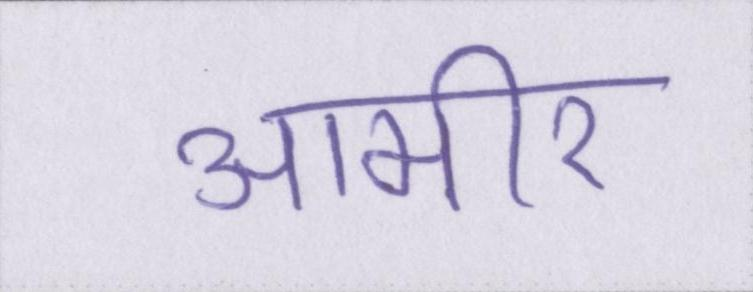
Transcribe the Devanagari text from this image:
आमीर